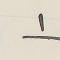
١